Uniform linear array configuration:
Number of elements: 48
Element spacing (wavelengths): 0.75
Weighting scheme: binomial
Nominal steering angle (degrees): -30
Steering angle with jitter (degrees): -30.454
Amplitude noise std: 0.05
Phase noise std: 0.05

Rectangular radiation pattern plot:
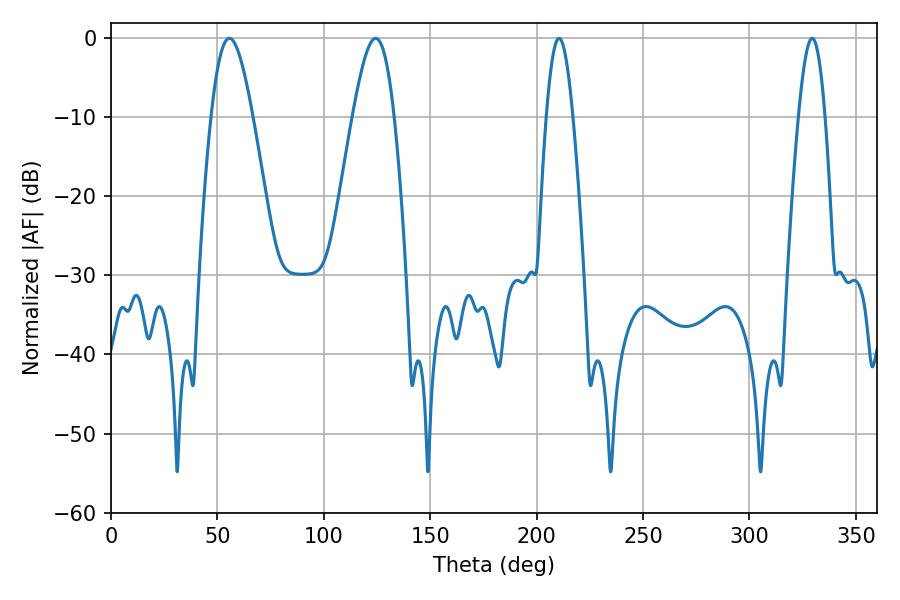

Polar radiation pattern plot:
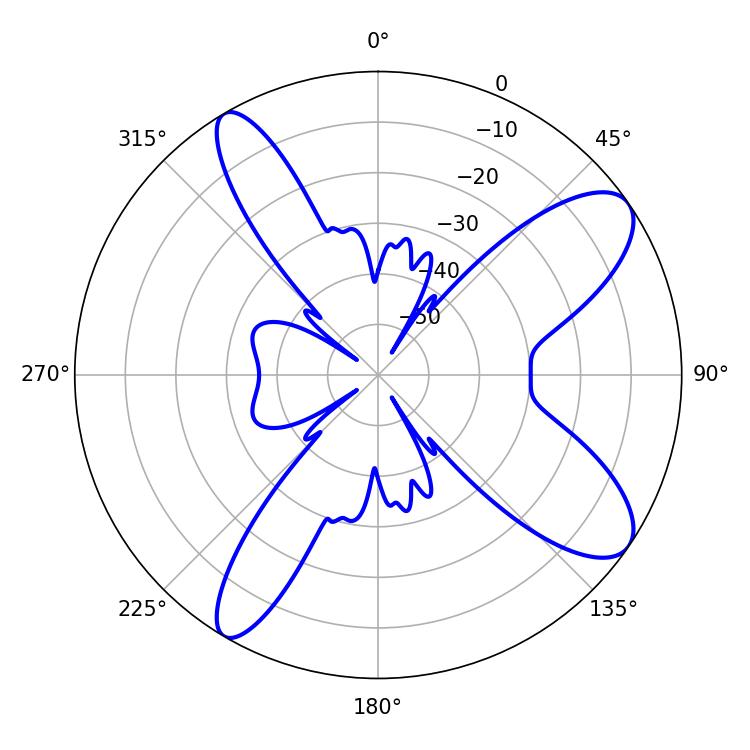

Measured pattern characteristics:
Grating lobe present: TRUE
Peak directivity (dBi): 9.964
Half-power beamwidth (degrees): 10.44
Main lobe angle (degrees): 55.62